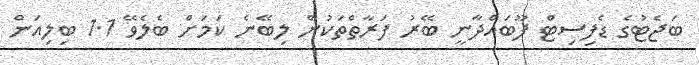
ބަޖެޓުގެ ޑެފިސިޓް ފޫބައްދާނީ ބޭރު ފަރާތްތަކުން ލިބޭނެ ކަމަށް ބެލެވޭ 1.1 ބިލިއަން